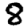
Digit: 8